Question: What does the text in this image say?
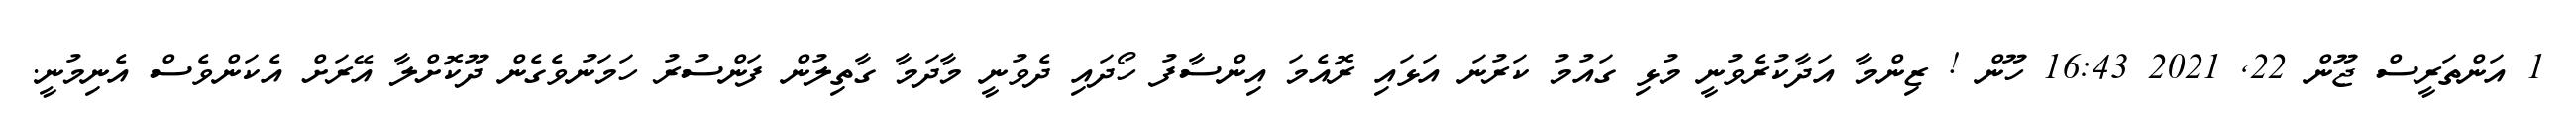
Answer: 1 އަންތަރީސް ޖޫން 22, 2021 16:43 ހޫން ! ޒިންމާ އަދާކުރެވުނީ މުޅި ގައުމު ކަރުނަ އަޅައި ރޮއެމަ އިންސާފު ހޯދައި ދެވުނީ މާދަމާ ގާތިލުން ފަންސުރު ހަމަނުވެގެން ދޫކޮށްލާ އޭރަށް އެކަންވެސް އެނިމުނީ.